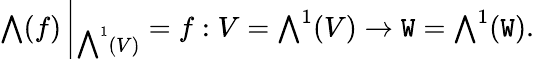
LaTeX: {\textstyle\bigwedge}(f)\left|_{{\textstyle\bigwedge}^{1}(V)}\right.=f:V={\textstyle\bigwedge}^{1}(V)\rightarrow\mathtt{W}={\textstyle\bigwedge}^{1}(\mathtt{W}).